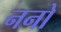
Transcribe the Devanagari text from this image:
ननो